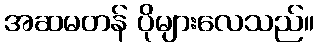
အဆမတန် ပိုများလေသည်။